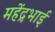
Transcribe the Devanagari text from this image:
महेंद्रभाई